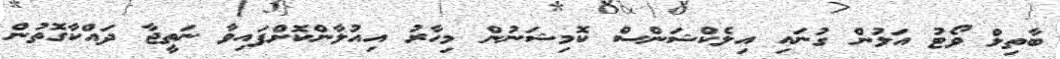
ބާތިލް ވޯޓު އަލުން ގުނައި އިލެކްޝަންސް ކޮމިޝަނުން މިހާރު އިއުލާންކޮށްފައިވާ ނަތީޖާ ދައްކާގޮތުން